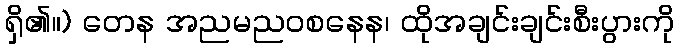
ရှိ၏။) တေန အညမညဝစနေန၊ ထိုအချင်းချင်းစီးပွားကို